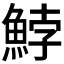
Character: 𩷚